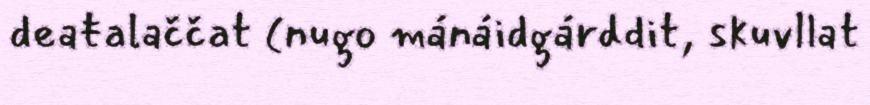
deaŧalaččat (nugo mánáidgárddit, skuvllat